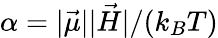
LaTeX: \alpha=|\vec{\mu}||\vec{H}|/(k_{B}T)